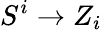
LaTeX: S^{i}\to Z_{i}